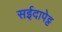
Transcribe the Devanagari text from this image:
सईदापेट्ट